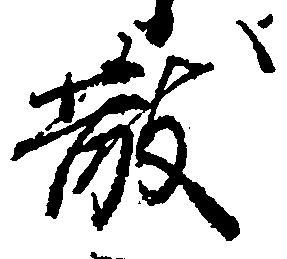
散